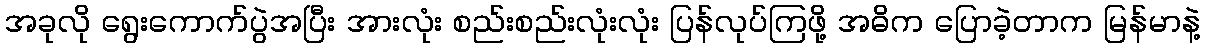
အခုလို ရွေးကောက်ပွဲအပြီး အားလုံး စည်းစည်းလုံးလုံး ပြန်လုပ်ကြဖို့ အဓိက ပြောခဲ့တာက မြန်မာနဲ့